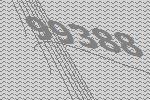
99388